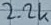
Text: 2.2K